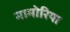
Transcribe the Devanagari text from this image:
मामोरिया